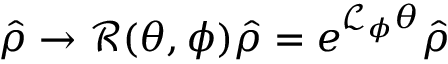
\hat { \rho } \rightarrow \mathcal { R } ( \theta , \phi ) \hat { \rho } = e ^ { \mathcal { L } _ { \phi } \theta } \hat { \rho }